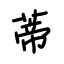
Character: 蒂